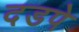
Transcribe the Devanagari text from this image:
दडपे